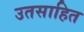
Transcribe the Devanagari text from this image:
उतसाहित